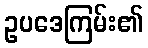
ဥပဒေကြမ်း၏